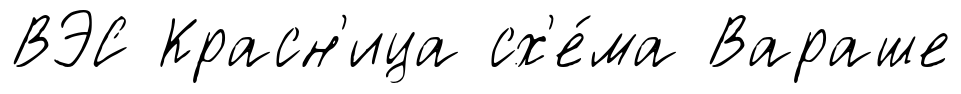
ВЭС Красн'ица сх'е́ма Вараше